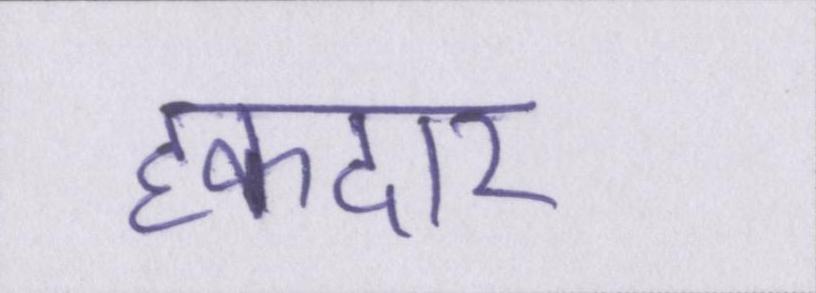
हकदार